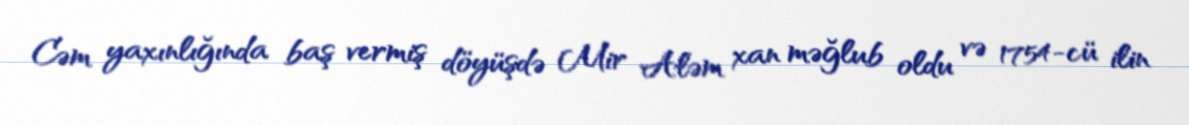
Cəm yaxınlığında baş vermiş döyüşdə Mir Aləm xan məğlub oldu və 1754-cü ilin